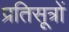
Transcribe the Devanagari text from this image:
प्रतिसूत्रों